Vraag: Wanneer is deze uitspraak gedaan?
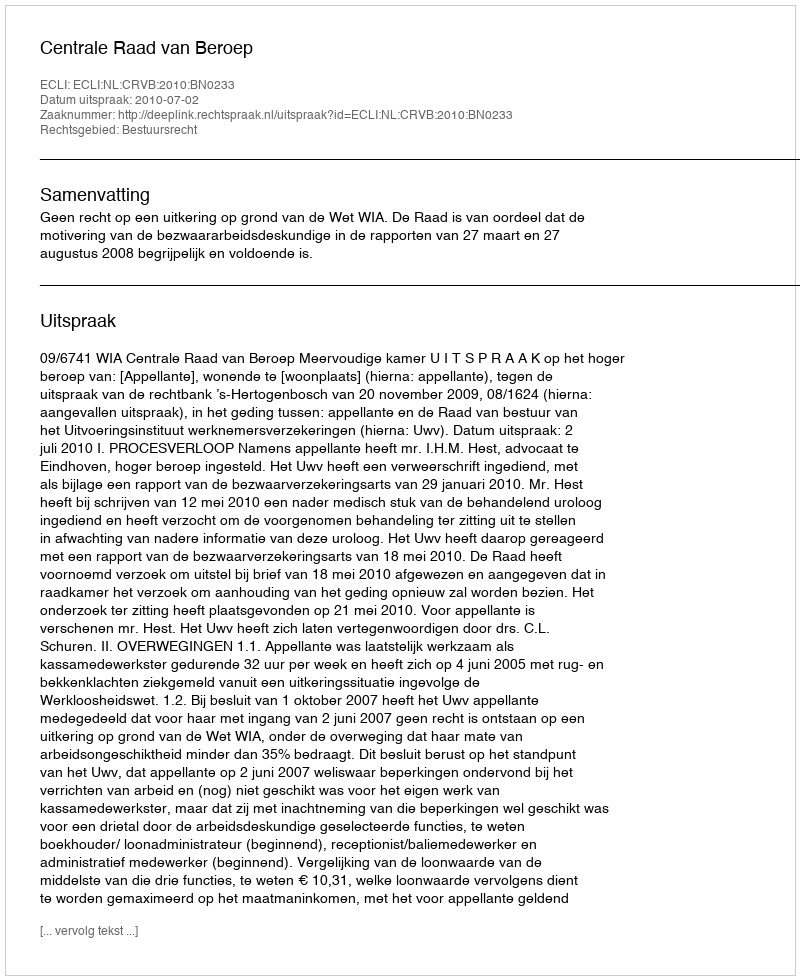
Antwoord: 2010-07-02